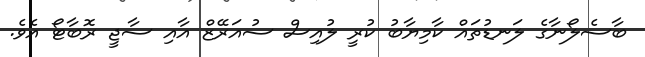
ބާސެލޯނާގެ ލަނޑުތައް ކާމިޔާބު ކުރީ ލުއިސް ސުއަރޭޒް އާއި ސާޖީ ރޮބާޓޯ އެވެ.